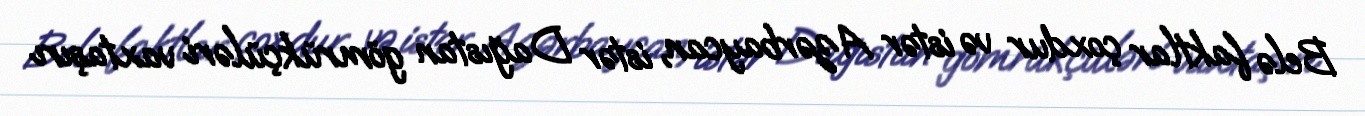
Belə faktlar çoxdur və istər Azərbaycan, istər Dağıstan gömrükçüləri vaxtaşırı